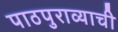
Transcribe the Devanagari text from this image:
पाठपुराव्याची